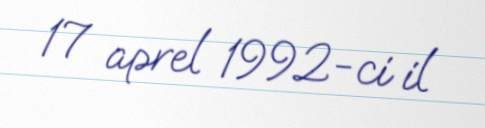
17 aprel 1992-ci il